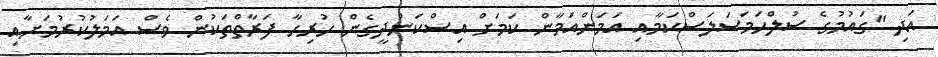
އަދި "ގައުމުގެ ސުލްހަމަސަލަސްކަމާއި އަމަންއަމާން ކަމަށް އިސްކަންދީގެން ހުރިހާ ފަރާތްތަކުން ވެސް އަމަލުކުރުމަށާއި